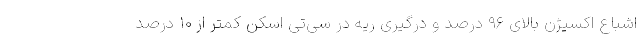
اشباع اکسیژن بالای ۹۶ درصد و درگیری ریه در سی‌تی اسکن کمتر از ۱۰ درصد